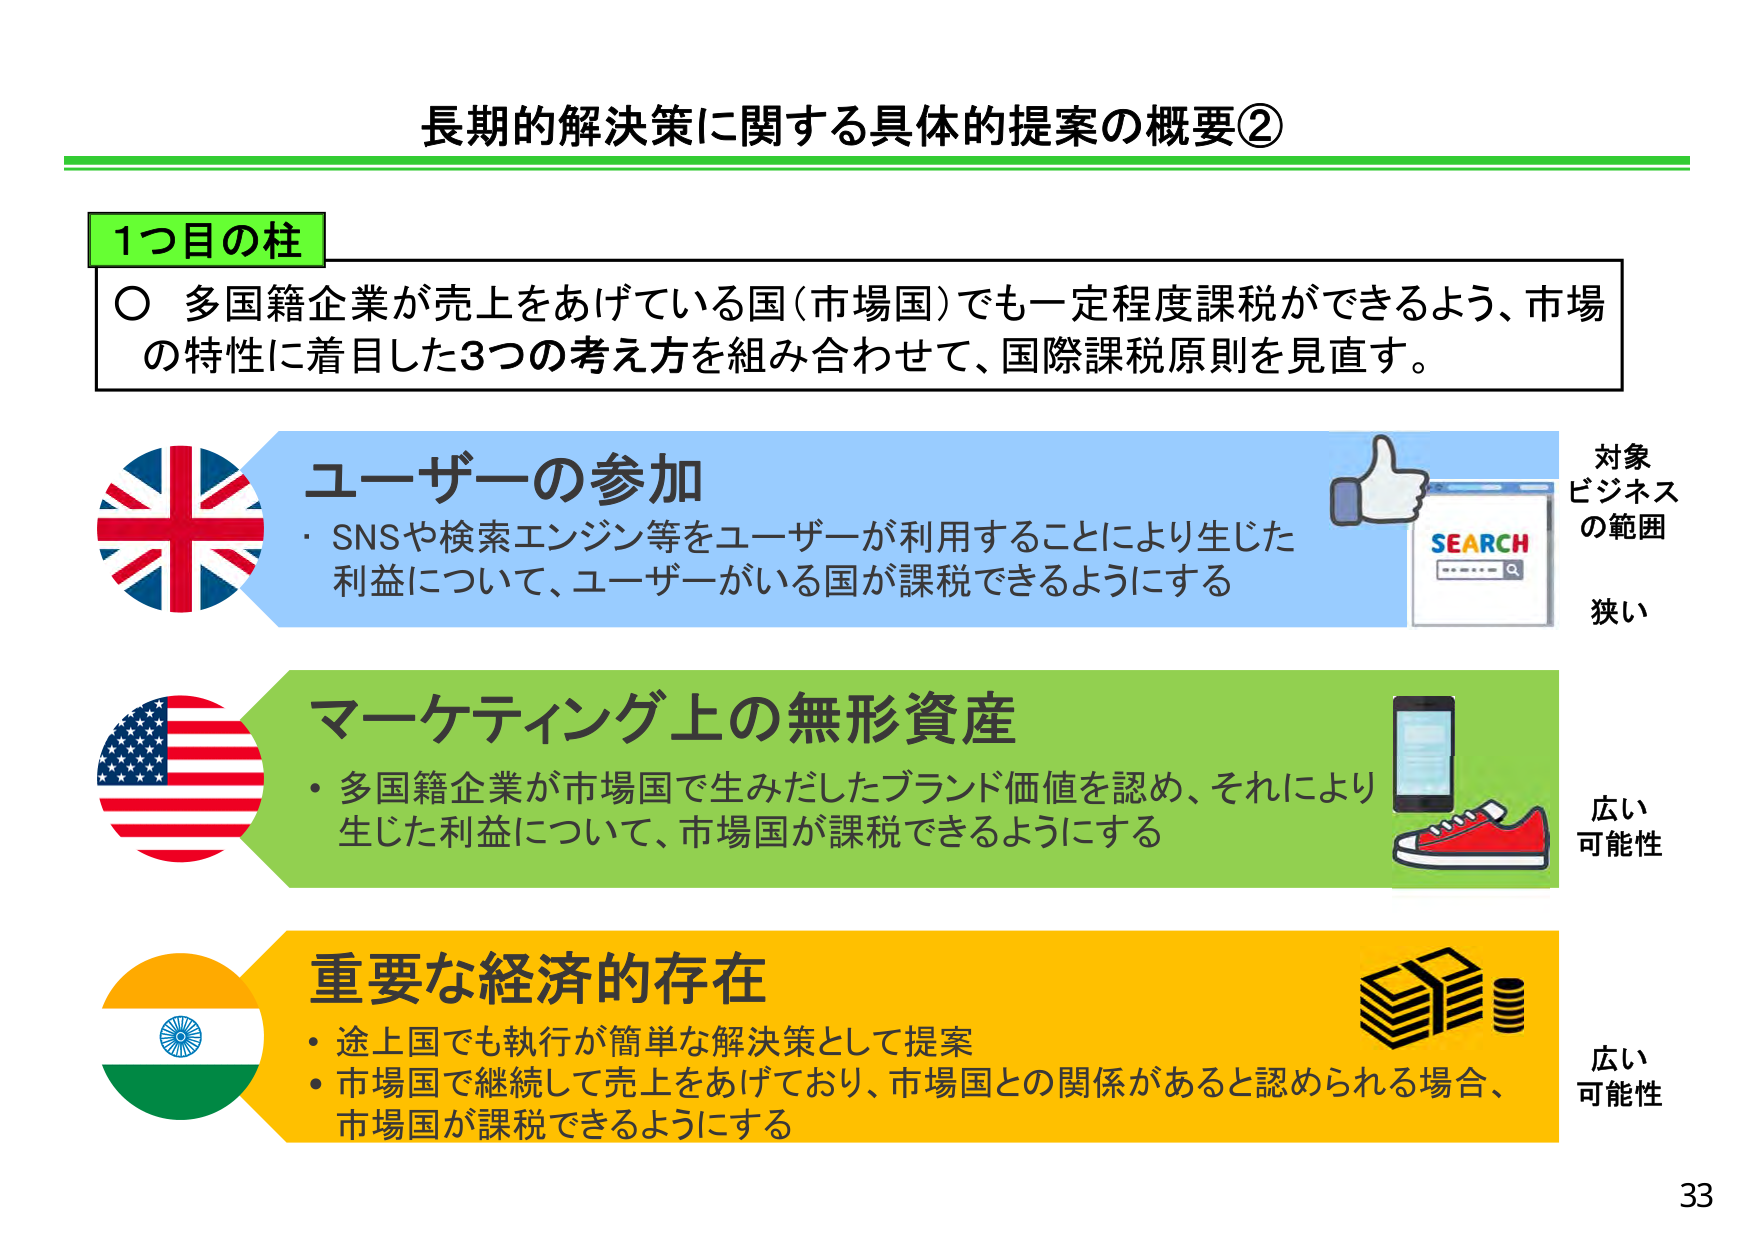
長期的解決策に関する具体的提案の概要②

1つ目の柱
○ 多国籍企業が売上をあげている国（市場国）でも一定程度課税ができるよう、市場の特性に着目した3つの考え方を組み合わせて、国際課税原則を見直す。

ユーザーの参加
・SNSや検索エンジン等をユーザーが利用することにより生じた利益について、ユーザーがいる国が課税できるようにする
対象ビジネスの範囲
狭い

マーケティング上の無形資産
・多国籍企業が市場国で生みだしたブランド価値を認め、それにより生じた利益について、市場国が課税できるようにする
広い可能性

重要な経済的存在
・途上国でも執行が簡単な解決策として提案
・市場国で継続して売上をあげており、市場国との関係があると認められる場合、市場国が課税できるようにする
広い可能性

33